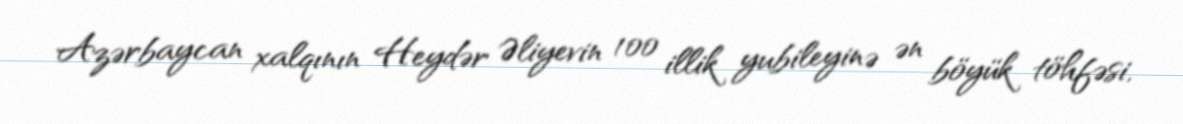
Azərbaycan xalqının Heydər Əliyevin 100 illik yubileyinə ən böyük töhfəsi,